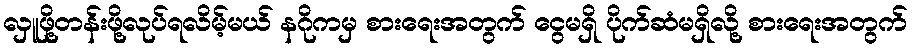
လှူဖို့တန်းဖို့လုပ်ရလိမ့်မယ် နဂိုကမှ စားရေးအတွက် ငွေမရှိ ပိုက်ဆံမရှိလို့ စားရေးအတွက်